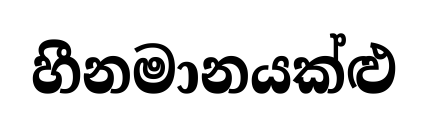
හීනමානයක්ළු